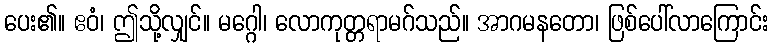
ပေး၏။ ဧဝံ၊ ဤသို့လျှင်။ မဂ္ဂေါ၊ လောကုတ္တရာမဂ်သည်။ အာဂမနတော၊ ဖြစ်ပေါ်လာကြောင်း